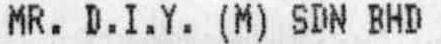
MR. D.I.Y. (M) SDN BHD